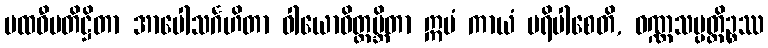
ပထဝီပတိဋ္ဌိတာ အာပေါသင်္ဂဟိတာ ဝါယောဝိတ္ထမ္ဘိတာ ဣမံ ကာယံ ပရိပါစေတိ, ဝဏ္ဏသမ္ပတ္တိဉ္စဿ